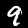
Digit: 9